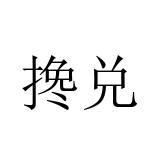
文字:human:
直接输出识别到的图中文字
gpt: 搀兑